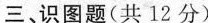
三、识图题(共12分)